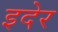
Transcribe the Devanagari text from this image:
इदेर